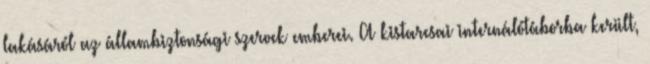
lakásáról az állambiztonsági szervek emberei. A kistarcsai internálótáborba került,